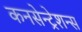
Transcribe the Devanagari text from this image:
कनसेन्ट्रेशन्स